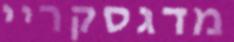
מדגסקריי